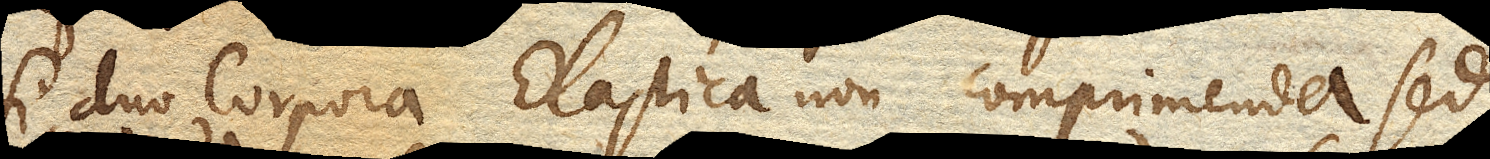
Si duo Corpora Elastica non comprimenda sed